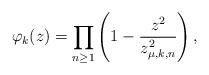
LaTeX: \begin{align*}\varphi_{k}(z)=\prod_{n\geq1}\left(1-\frac{z^2}{z_{\mu,k,n}^2}\right),\end{align*}